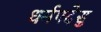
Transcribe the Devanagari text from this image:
धर्मपदेसु